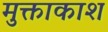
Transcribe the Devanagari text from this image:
मुक्ताकाश